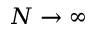
N \to \infty